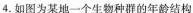
4.如图为某地一个生物种群的年龄结构